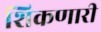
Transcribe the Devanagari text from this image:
शिकणारी